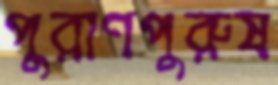
পুরাণপুরুষ